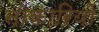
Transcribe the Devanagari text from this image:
नोकारियों